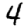
Digit: 4